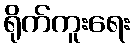
ရိုက်ကူးရေး